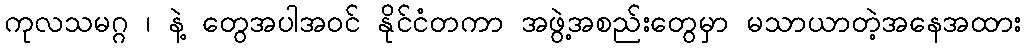
ကုလသမဂ္ဂ ၊ နဲ့ တွေအပါအဝင် နိုင်ငံတကာ အဖွဲ့အစည်းတွေမှာ မသာယာတဲ့အနေအထား